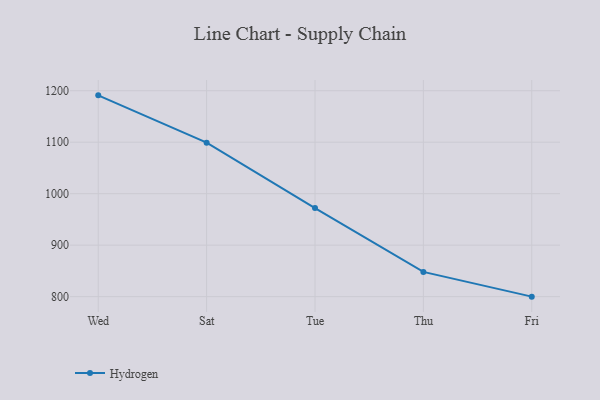
{"axis": {"x": "Day", "y": "Gross Profit (USD K)"}, "legend": ["Hydrogen"], "data": [{"x": "Wed", "y": 1191.0, "type": "Hydrogen"}, {"x": "Sat", "y": 1099.1, "type": "Hydrogen"}, {"x": "Tue", "y": 972.1, "type": "Hydrogen"}, {"x": "Thu", "y": 848.1, "type": "Hydrogen"}, {"x": "Fri", "y": 800, "type": "Hydrogen"}]}